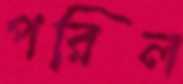
পরিল